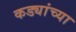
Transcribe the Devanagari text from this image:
कड्यांच्या